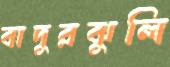
বাদুরঝুলি